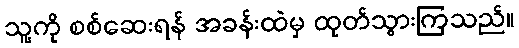
သူ့ကို စစ်ဆေးရန် အခန်းထဲမှ ထုတ်သွားကြသည်။